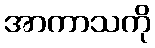
အာကာသကို